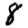
Digit: 8